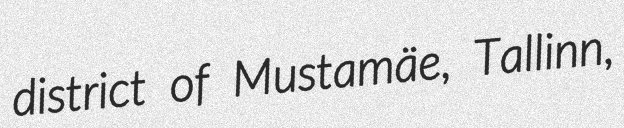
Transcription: district of Mustamäe, Tallinn,